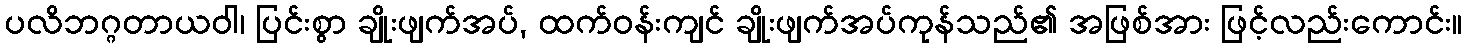
ပလိဘဂ္ဂတာယဝါ၊ ပြင်းစွာ ချိုးဖျက်အပ်, ထက်ဝန်းကျင် ချိုးဖျက်အပ်ကုန်သည်၏ အဖြစ်အား ဖြင့်လည်းကောင်း။